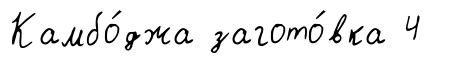
Камбо́джа загото́вка 4